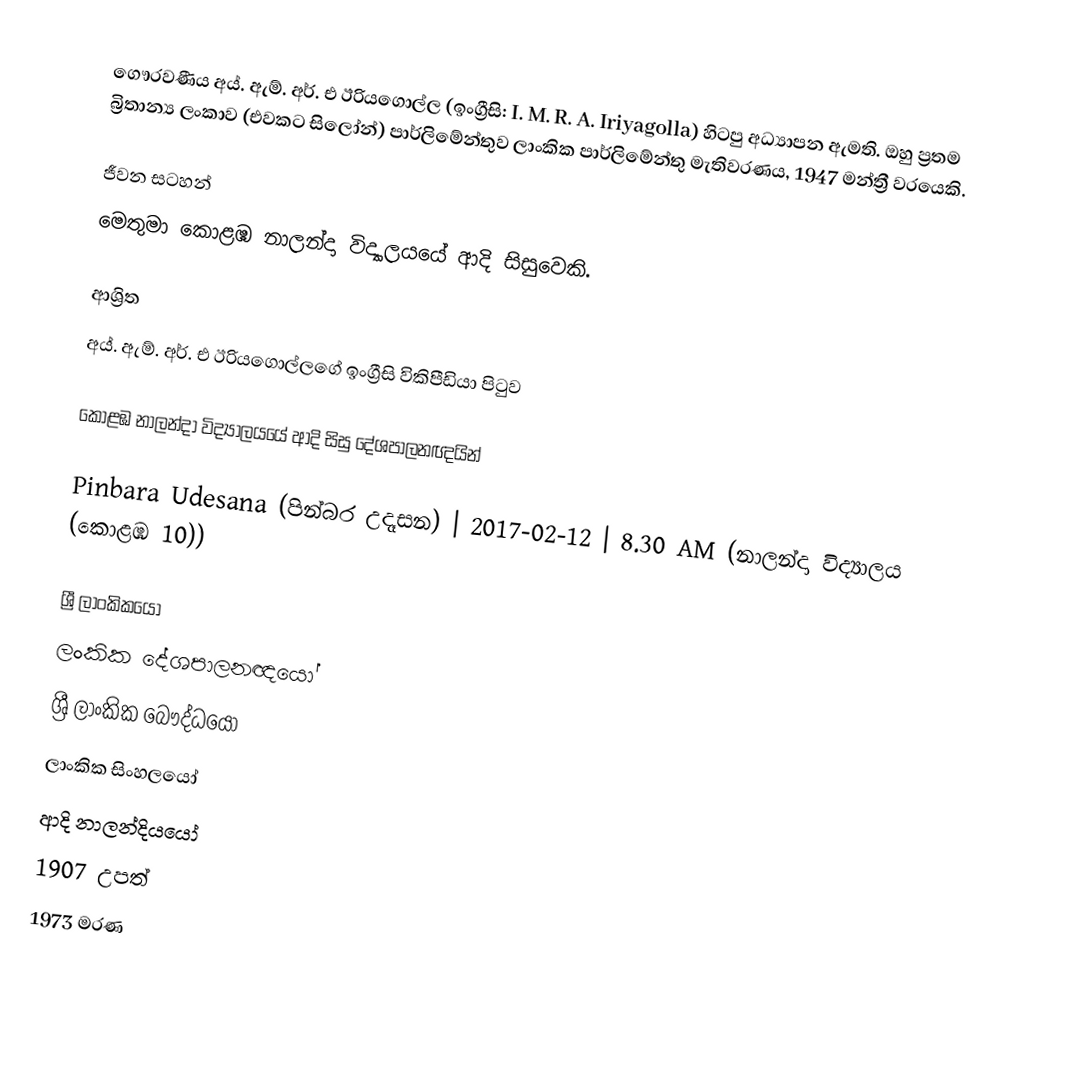
ගෞරවණීය අය්. ඇම්. අර්. එ ඊරියගොල්ල (ඉංග්‍රීසි: I. M. R. A. Iriyagolla) හිටපු අධ්‍යාපන ඇමති. ඔහු ප්‍රතම බ්‍රිතාන්‍ය ලංකාව (එවකට සිලෝන්) පාර්ලිමේන්තුව ලාංකික පාර්ලිමේන්තු මැතිවරණය, 1947 මන්ත්‍රී වරයෙකි.

ජීවන සටහන්
මෙතුමා  කොළඹ නාලන්දා විද්‍යාලයයේ ආදි සිසුවෙකි.

ආශ්‍රිත
අය්. ඇම්. අර්. එ ඊරියගොල්ලගේ ඉංග්‍රීසි විකිපීඩියා පිටුව

කොළඹ නාලන්දා විද්‍යාලයයේ ආදි සිසු දේශපාලනඥයින්

 Pinbara Udesana (පින්බර උදෑසන) | 2017-02-12 | 8.30 AM (නාලන්දා විද්‍යාලය (කොළඹ 10))

ශ්‍රී ලාංකිකයෝ
ලංකික දේශපාලනඥයෝ
ශ්‍රී ලාංකික බෞද්ධයෝ
ලාංකික සිංහලයෝ
ආදි නාලන්දියයෝ
1907 උපත්
1973 මරණ